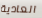
العادية